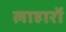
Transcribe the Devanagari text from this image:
लाहारों